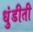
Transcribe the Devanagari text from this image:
धुंडीती